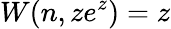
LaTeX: W(n,ze^{z})=z